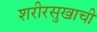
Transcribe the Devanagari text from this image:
शरीरसुखाची